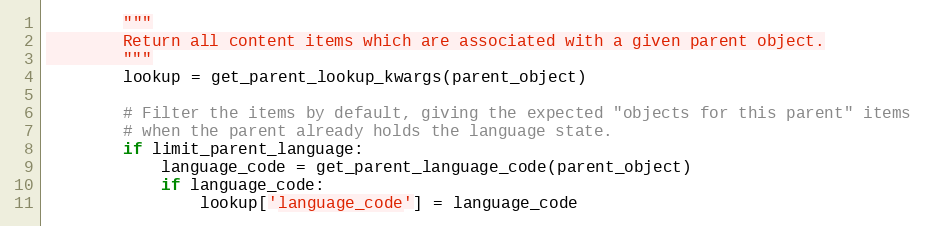
Language: Python
        """
        Return all content items which are associated with a given parent object.
        """
        lookup = get_parent_lookup_kwargs(parent_object)

        # Filter the items by default, giving the expected "objects for this parent" items
        # when the parent already holds the language state.
        if limit_parent_language:
            language_code = get_parent_language_code(parent_object)
            if language_code:
                lookup['language_code'] = language_code